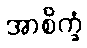
အာစိက္ခံ